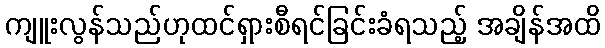
ကျူးလွန်သည်ဟုထင်ရှားစီရင်ခြင်းခံရသည့် အချိန်အထိ